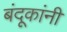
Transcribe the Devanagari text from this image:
बंदूकांनी